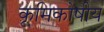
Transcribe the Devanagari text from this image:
कृमिकोषीय